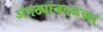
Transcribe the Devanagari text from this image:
अंगठ्याजवळच्या